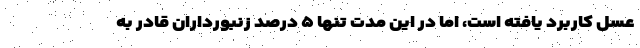
عسل کاربرد یافته است، اما در این مدت تنها ۵ درصد زنبورداران قادر به